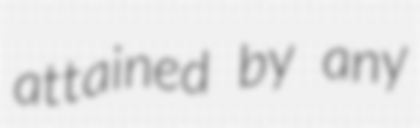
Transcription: attained by any